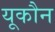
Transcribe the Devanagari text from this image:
यूकौन